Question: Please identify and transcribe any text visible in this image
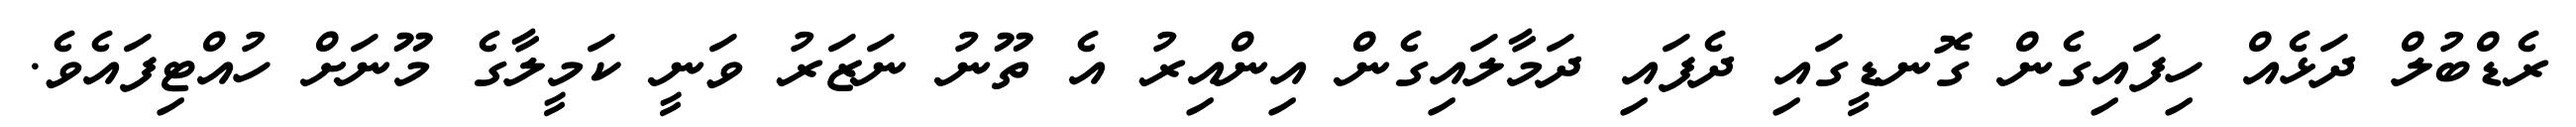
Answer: ރެޑްބުލް ދަޅެއް ހިފައިގެން ގޮނޑީގައި ދެފައި ދަމާލައިގެން އިންއިރު އެ ތޫނު ނަޒަރު ވަނީ ކަމީލާގެ މޫނަށް ހުއްޓިފައެވެ.